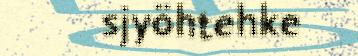
sjyöhtehke